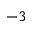
^ { - 3 }